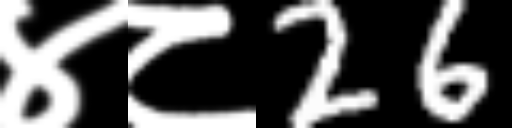
Text: ४८26